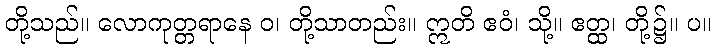
တို့သည်။ လောကုတ္တရာနေ ဝ၊ တို့သာတည်း။ ဣတိ ဧဝံ၊ သို့။ ဧတ္ထ၊ တို့၌။ ပ။